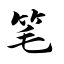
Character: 笔